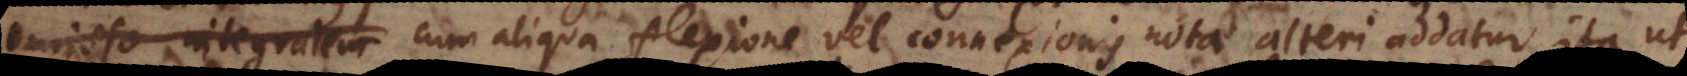
omisso integralem cum aliqua flexione vel connexionis nota alteri addatur ita ut